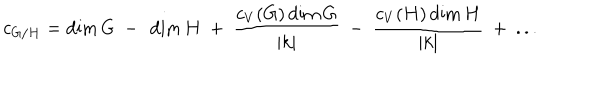
c _ { G / H } = \dim G ~ - ~ \dim H ~ + ~ { \frac { c _ { V } ( G ) \dim G } { | k | } } ~ - ~ { \frac { c _ { V } ( H ) \dim H } { | k | } } ~ + ~ . . .